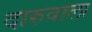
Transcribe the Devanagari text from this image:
दारुवाला